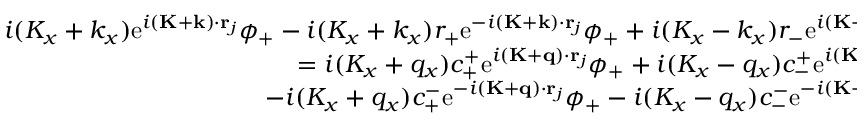
\begin{array} { r } { i ( K _ { x } + k _ { x } ) \mathrm { e } ^ { i ( \mathbf { K } + \mathbf { k } ) \cdot \mathbf { r } _ { j } } \phi _ { + } - i ( K _ { x } + k _ { x } ) r _ { + } \mathrm { e } ^ { - i ( \mathbf { K } + \mathbf { k } ) \cdot \mathbf { r } _ { j } } \phi _ { + } + i ( K _ { x } - k _ { x } ) r _ { - } \mathrm { e } ^ { i ( \mathbf { K } - \mathbf { k } ) \cdot \mathbf { r } _ { j } } \phi _ { - } , } \\ { = i ( K _ { x } + q _ { x } ) c _ { + } ^ { + } \mathrm { e } ^ { i ( \mathbf { K } + \mathbf { q } ) \cdot \mathbf { r } _ { j } } \phi _ { + } + i ( K _ { x } - q _ { x } ) c _ { - } ^ { + } \mathrm { e } ^ { i ( \mathbf { K } - \mathbf { q } ) \cdot \mathbf { r } _ { j } } \phi _ { - } } \\ { - i ( K _ { x } + q _ { x } ) c _ { + } ^ { - } \mathrm { e } ^ { - i ( \mathbf { K } + \mathbf { q } ) \cdot \mathbf { r } _ { j } } \phi _ { + } - i ( K _ { x } - q _ { x } ) c _ { - } ^ { - } \mathrm { e } ^ { - i ( \mathbf { K } - \mathbf { q } ) \cdot \mathbf { r } _ { j } } \phi _ { - } . } \end{array}